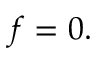
f = 0 .